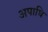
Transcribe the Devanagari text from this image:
अपाधि